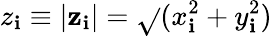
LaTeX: z_{\mathbf{i}}\equiv|\mathbf{{z}}_{\mathbf{i}}|=\sqrt{}{{(x_{\mathbf{i}}^{2}+y_{\mathbf{i}}^{2})}}